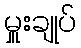
မှူးချုပ်